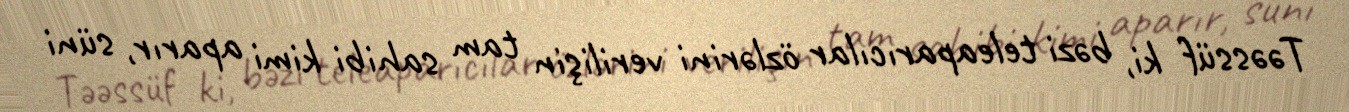
Təəssüf ki, bəzi teleaparıcılar özlərini verilişin tam sahibi kimi aparır, süni